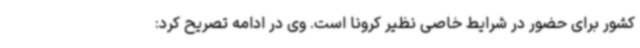
کشور برای حضور در شرایط خاصی نظیر کرونا است. وی در ادامه تصریح کرد: